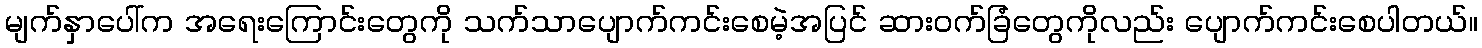
မျက်နှာပေါ်က အရေးကြောင်းတွေကို သက်သာပျောက်ကင်းစေမဲ့အပြင် ဆားဝက်ခြံတွေကိုလည်း ပျောက်ကင်းစေပါတယ်။